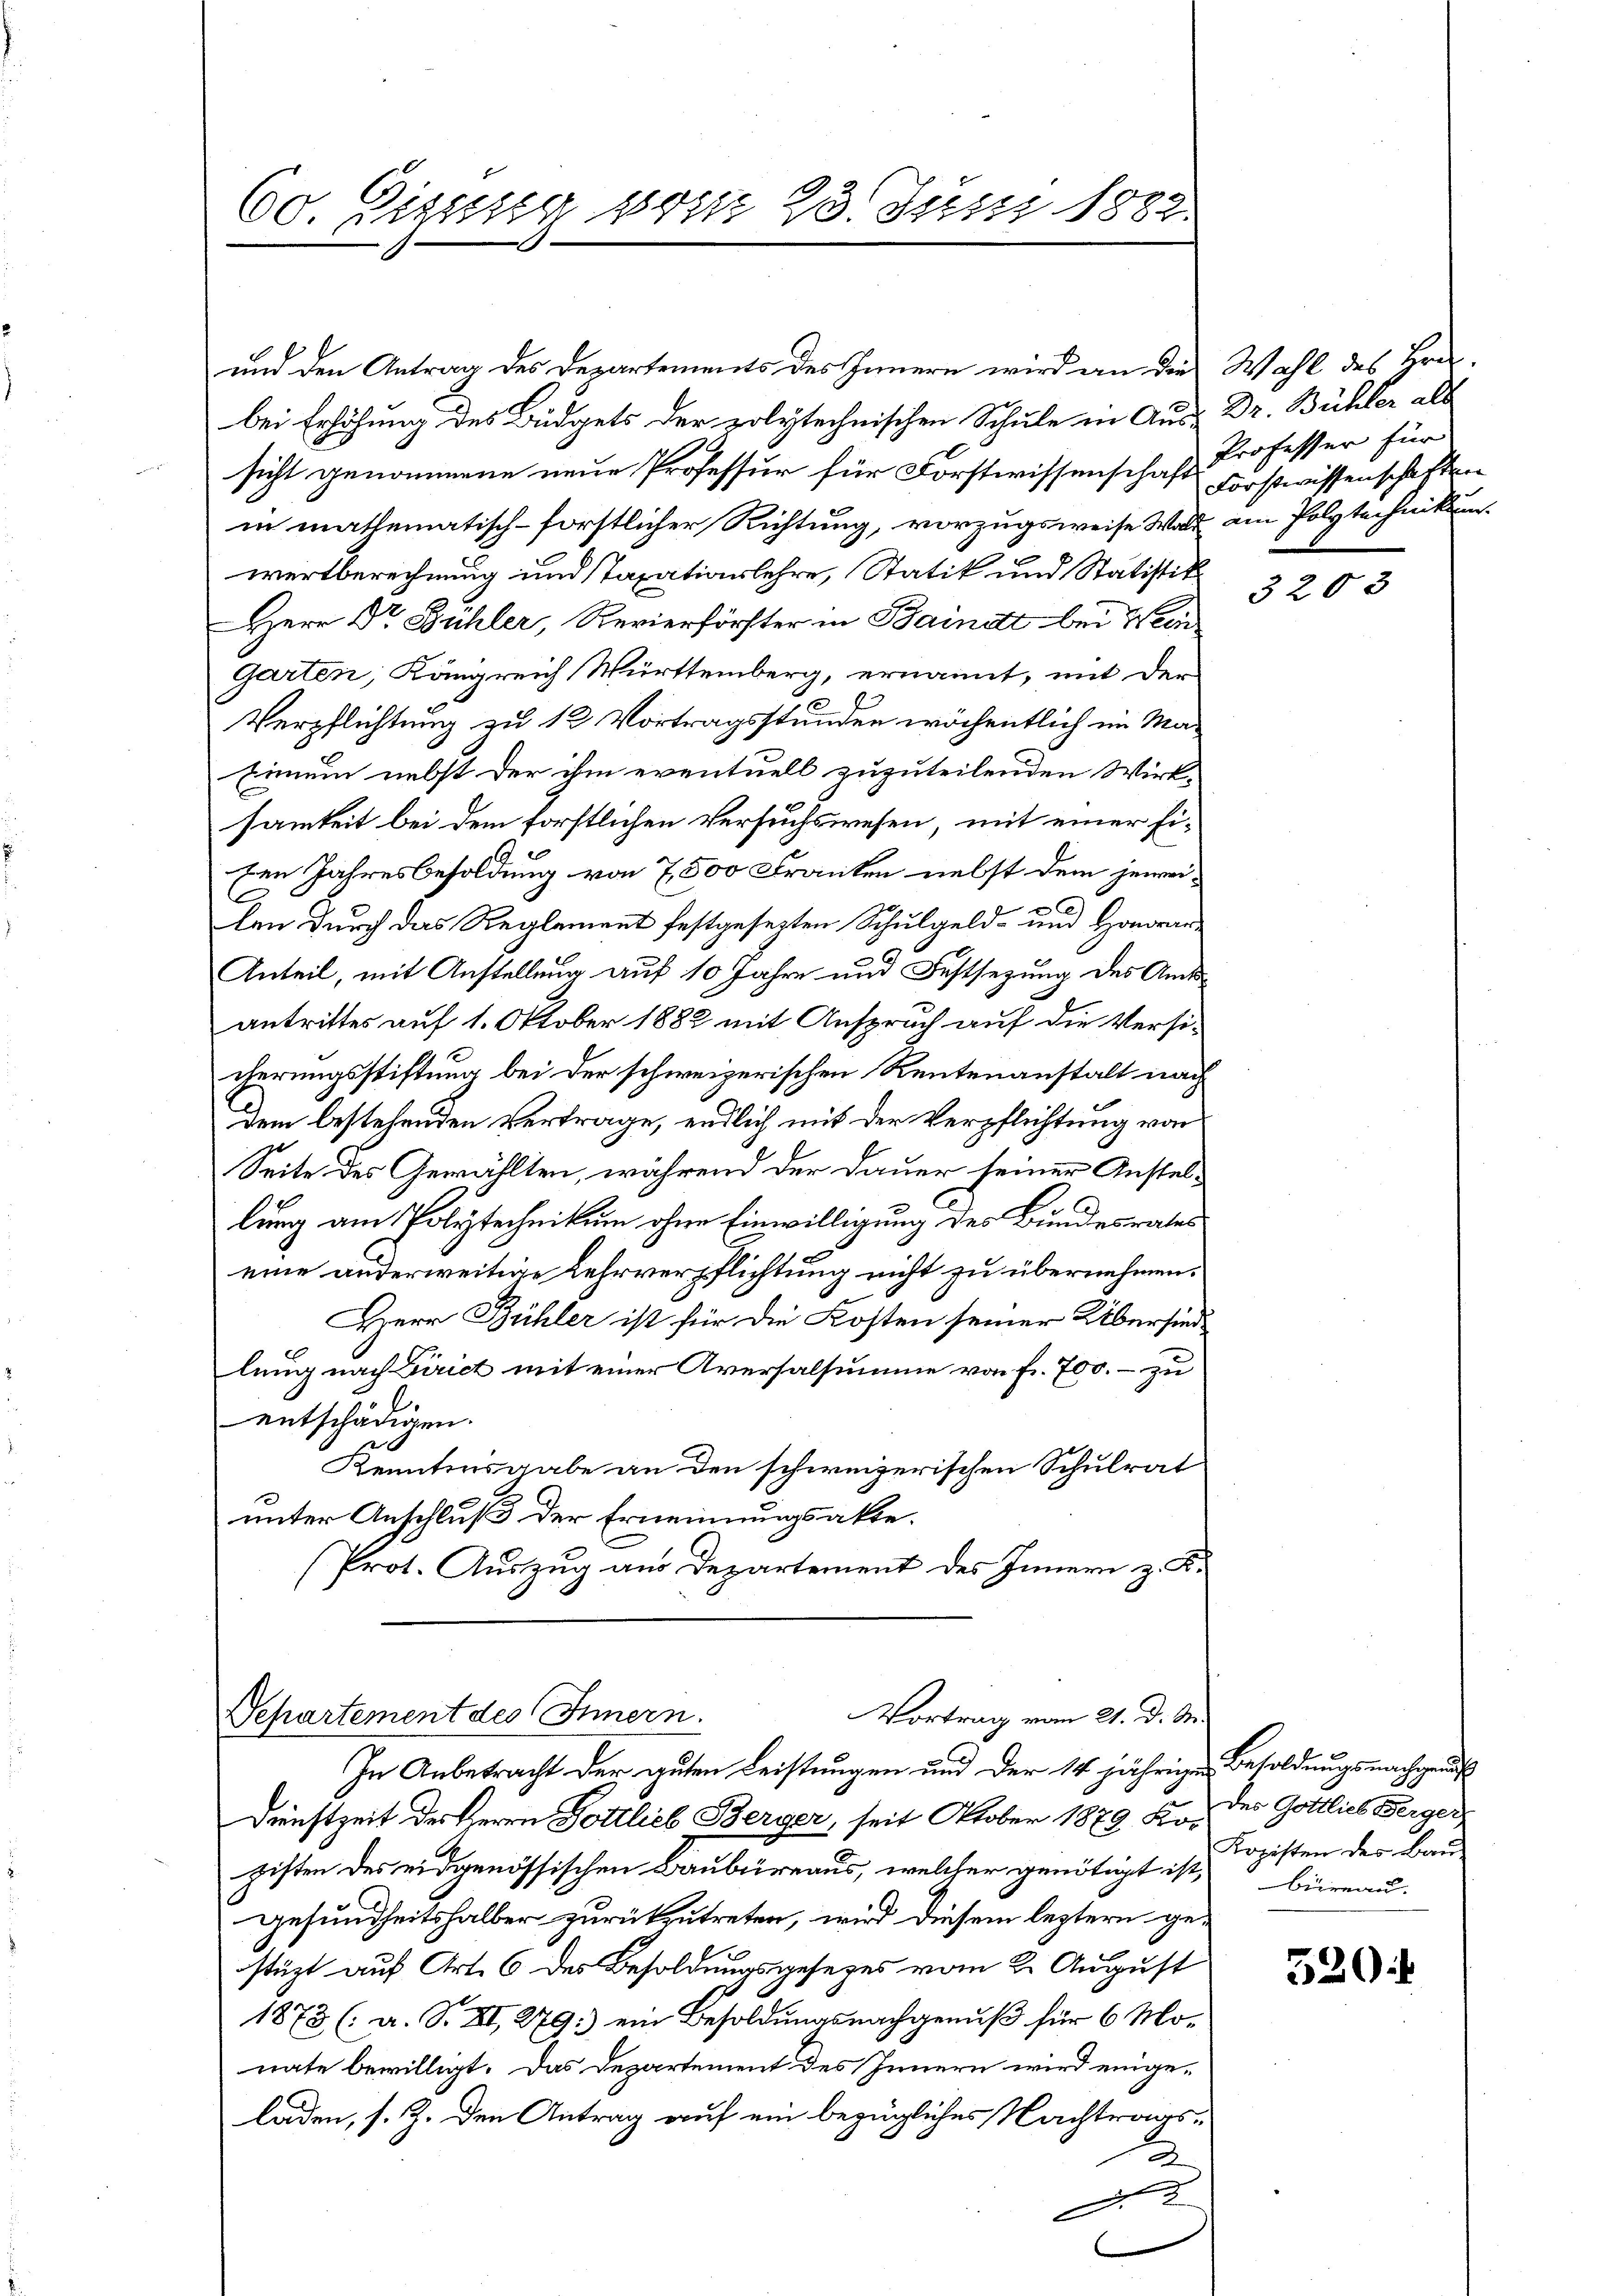
und den Antrag des Departements des Innern wird an die Wahl des Hrn.
bei Erhöhung des Budgets der polytechnischen Schule in Aus Dr. Bühler als
sicht genommene neue Professur für Forstwissenschaft Professor für
in mathematisch-forstlicher Richtung, vorzugsweise Wald am Polytechnikum.
wertberechnung und Taxationslehre, Statik und Statistik
Herr Dr. Bühler, Revierförster in Bainett bei Wein
Garten, Königreich Württemberg, ernannt, mit der
Verpflichtung zu 12 Vortragsstunden wöchentlich im Ma¬
Einum nebst der ihm eventuell zuzuteilenden Wirk-
samkeit bei dem forstlichen Versuchswesen, mit einer Fi¬
Een Jahresbesoldung von 7,500 Franken nebst dem jeweix
len durch das Reglement festgesetzten Schulgeld- und Honorar¬
Anteil, mit Anstellung auf 10 Jahre und Festsezung des Amtsantrittes auf 1. Oktober 1882 mit Anspruch auf die Versicherungsstiftung bei der schweizerischen Rentenanstalt nach
dem bestehenden Vertrage, endlich mit der Verpflichtung von
Seite des Gewählten, während der Dauer seiner Anstellung am Polytechnikum ohne Einwilligung des Bundesrates
eine anderweitige Lehrverpflichtung nicht zu übernehmen.
Herr Bühler ist für die Kosten seiner Übersind
lung nach Birict mit einer Aversalsumme von Fr. 700.- zu
entschädigen.
Kenntinsgabe an den schweizerischen Schulrat
unter Anschluß der Ernennungsakte.
(Prot. Auszug aus Departement des Innern z. K.

60. Eisung vom 23. Justi 1882.

Vortrag vom 21. d. M.
Departement des Innern.

In Anbetracht der guten Leistungen und der 14 jährige Besoldungsnachgen
Dienstzeit des Herrn Dottlieb Berger, seit Oktober 1879 f. u. des Gottlichtse
gisten des eidgenössischen Baubüreaus, welcher genötigt ist, Sozisten der Bau
gesundheitshalber zurückzutreten, wird diesem leztern gestüzt auf Art. 6 des Besoldungsgesetzes vom 2. August
1873 (: a. S. XI, 279: ein Besoldungsnachgenuß für 6 Monate bewilligt. Das Departement des Innern wird eingeladen, s. Z. den Antrag auf ein bezügliches Nachtrags¬
A
.2

Forstwissenschaften

3203

büreau.

520 f